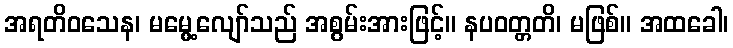
အရတိဝသေန၊ မမွေ့လျော်သည် အစွမ်းအားဖြင့်။ နပဝတ္တတိ၊ မဖြစ်။ အထခေါ၊